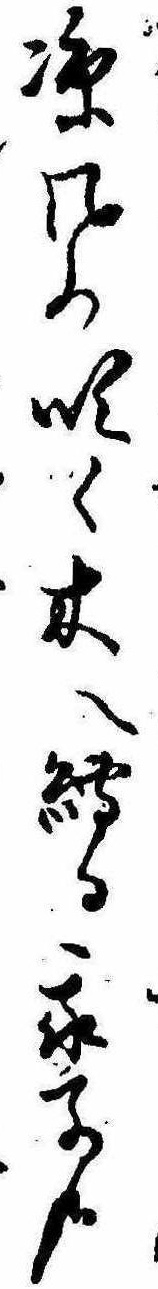
涼風の吹く木へ縛る我子哉